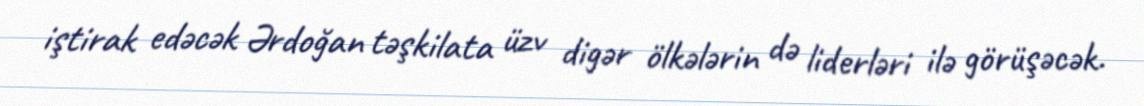
iştirak edəcək Ərdoğan təşkilata üzv digər ölkələrin də liderləri ilə görüşəcək.